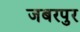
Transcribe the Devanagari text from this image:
जबरपुर